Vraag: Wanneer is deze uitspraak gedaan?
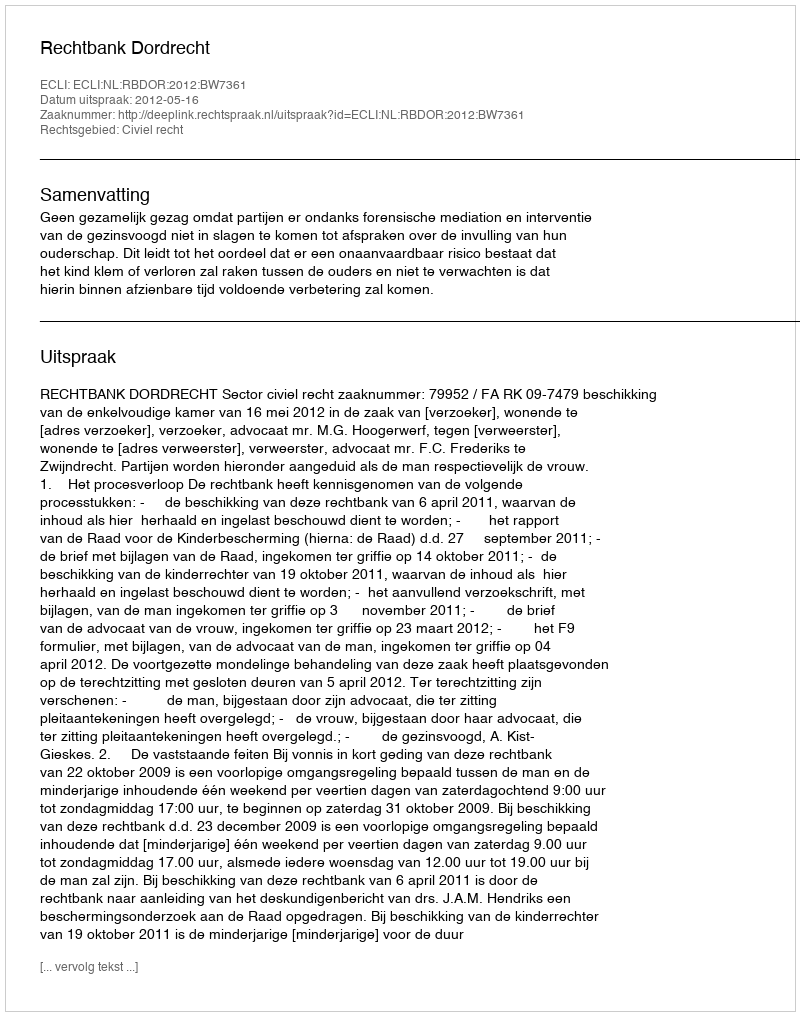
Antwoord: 2012-05-16